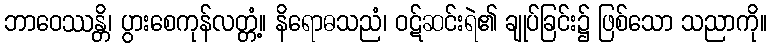
ဘာဝေဿန္တိ၊ ပွားစေကုန်လတ္တံ့။ နိရောဓသညံ၊ ဝဋ်ဆင်းရဲ၏ ချုပ်ခြင်း၌ ဖြစ်သော သညာကို။